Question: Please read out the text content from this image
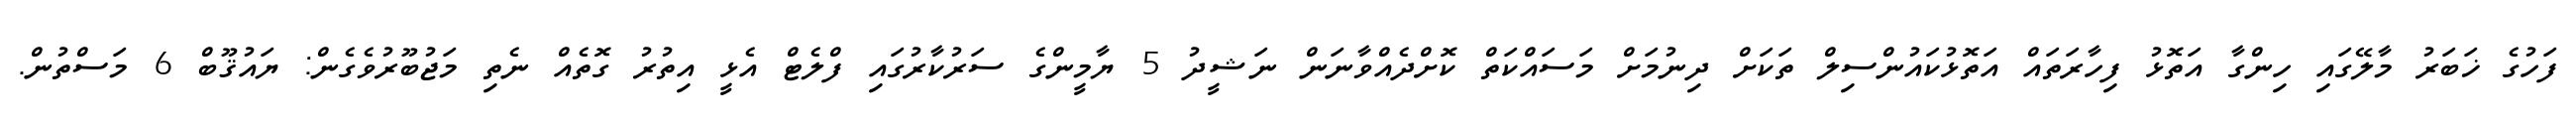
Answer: ފަހުގެ ޚަބަރު މާލޭގައި ހިންގާ އަތޮޅު ފިހާރަތައް އަތޮޅުކައުންސިލް ތަކަށް ދިނުމަށް މަސައްކަތް ކޮށްދެއްވާނަން ނަޝީދު 5 ޔާމީންގެ ސަރުކާރުގައި ފްލެޓް އެޅީ އިތުރު ގޮތެއް ނެތި މަޖުބޫރުވެގެން: ޔައުޤޫބް 6 މަސްތުން.